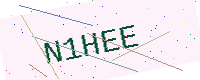
Text: N1HEE